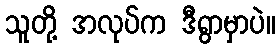
သူတို့ အလုပ်က ဒီရွာမှာပဲ။